Heimtali_vallavalitsus, lk 52
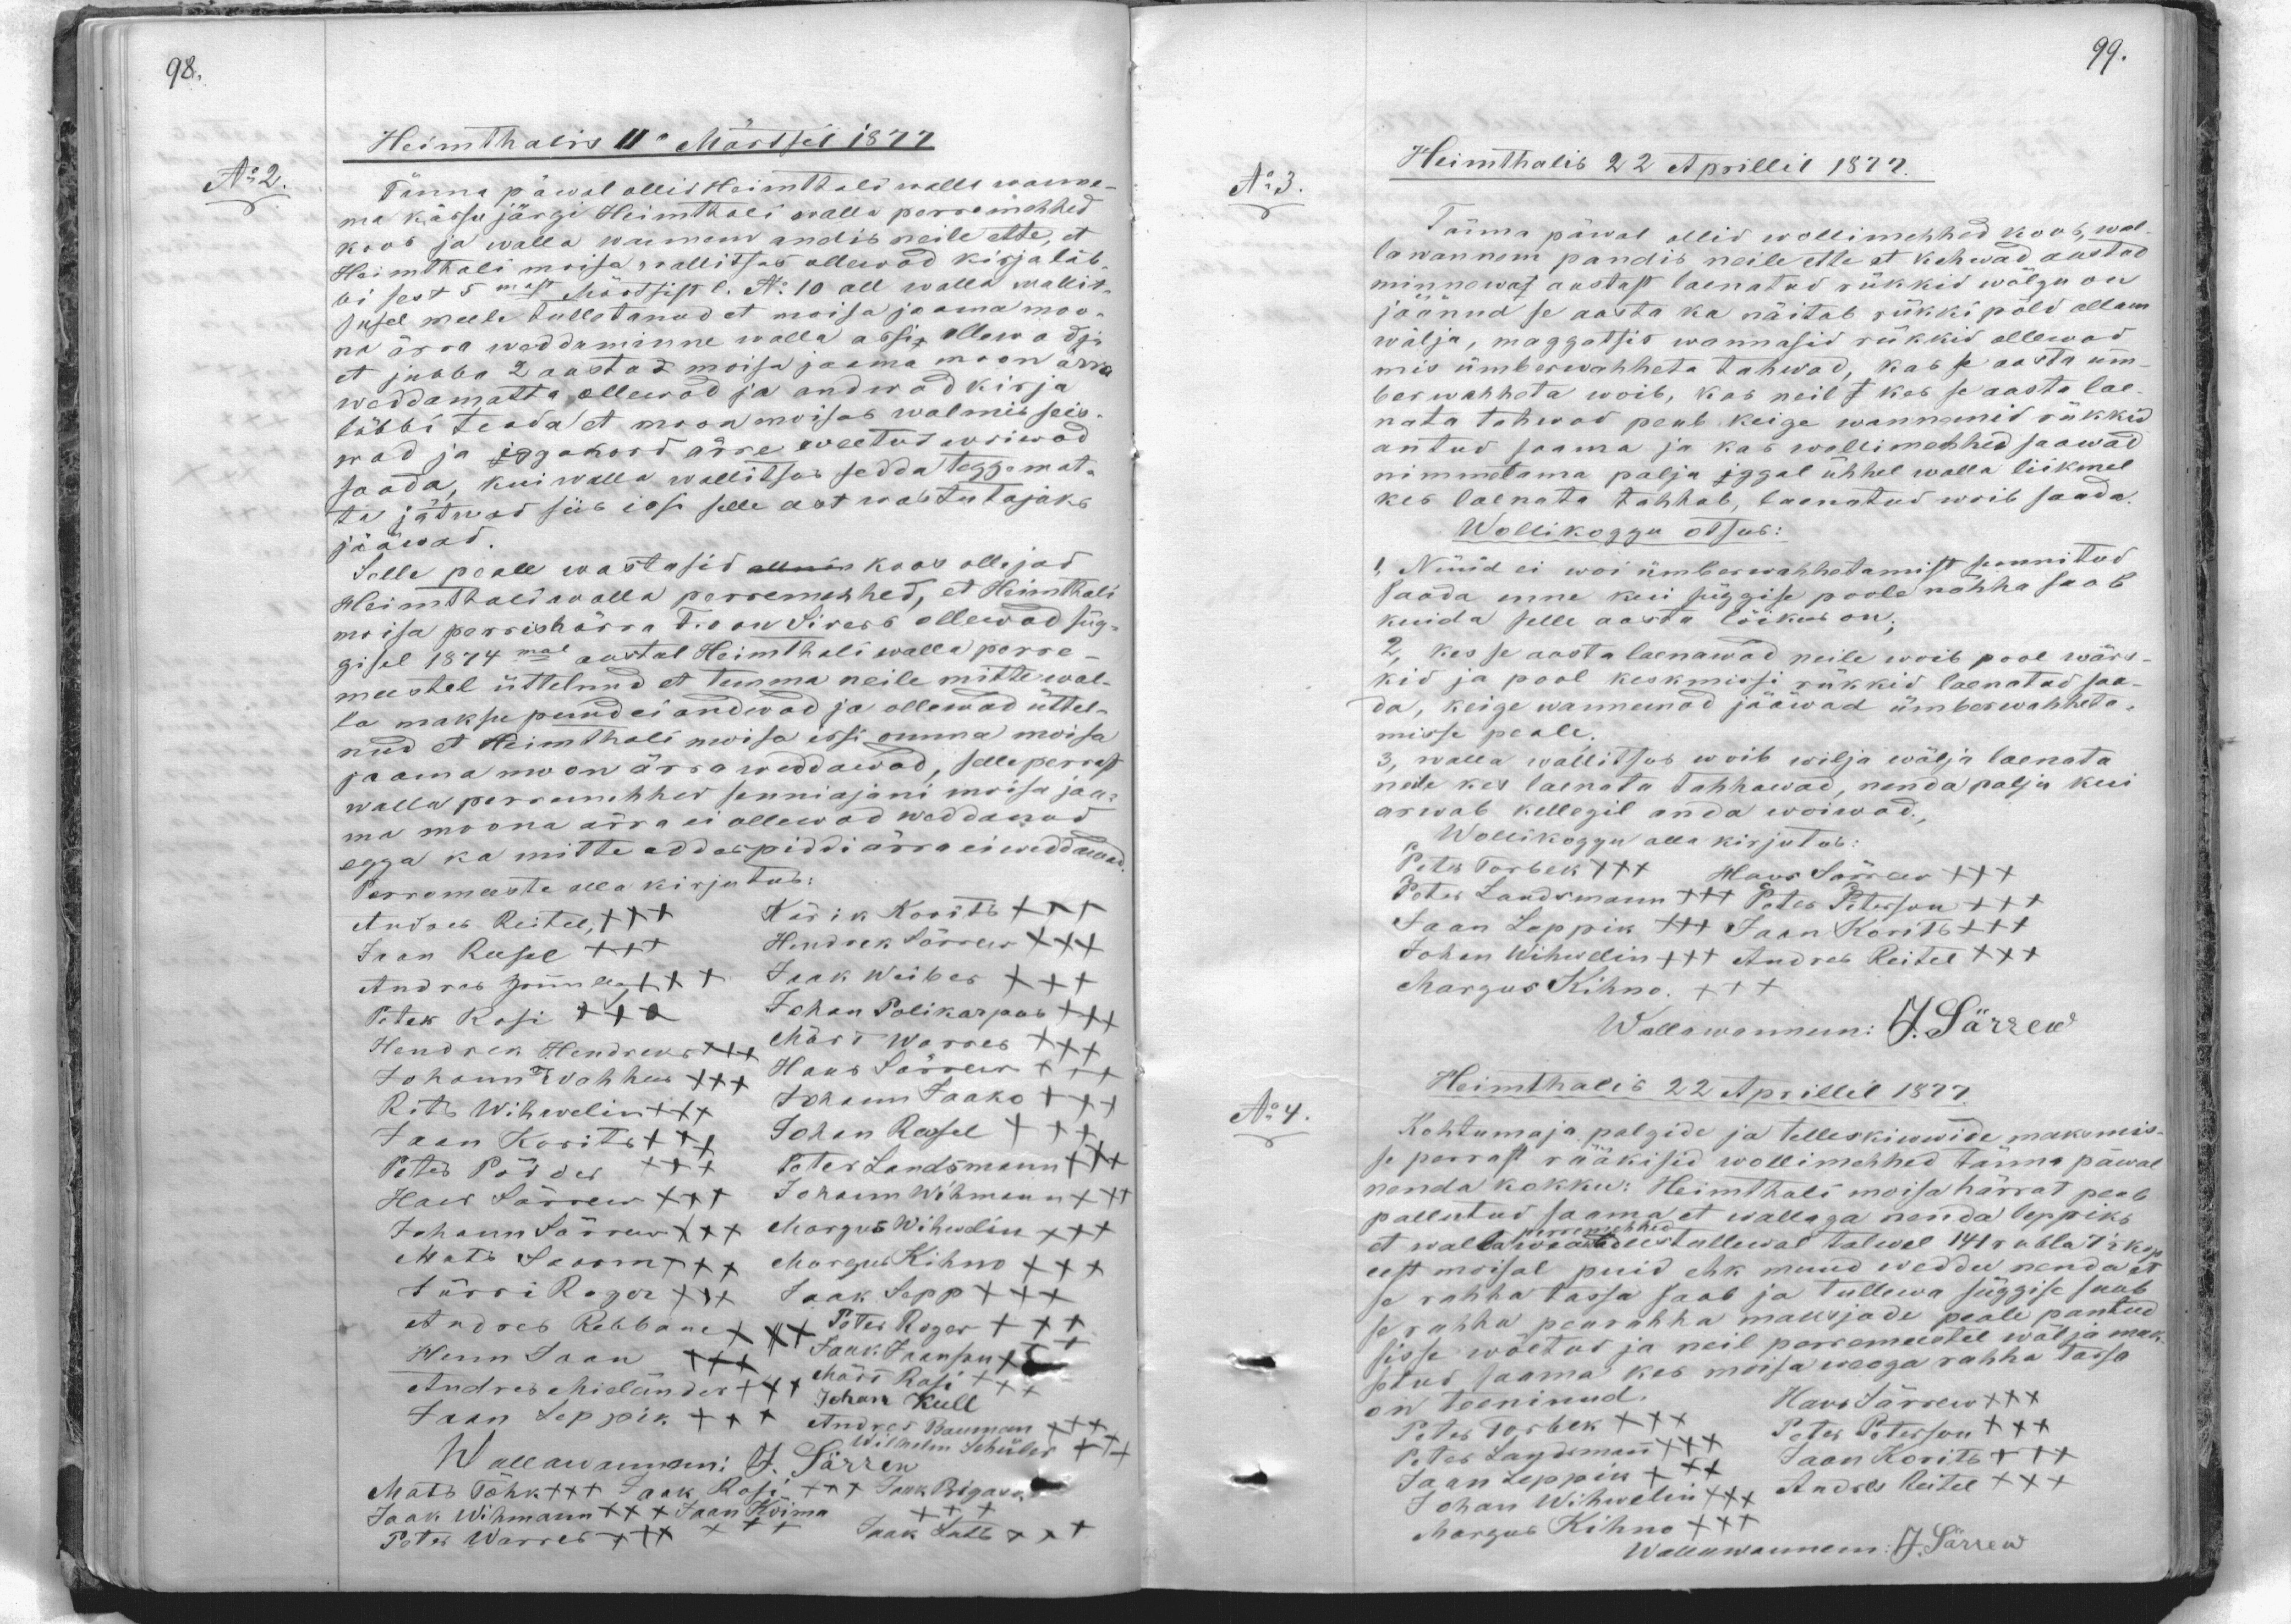
Heimthalis 11" Märtsel 1877.
No:2
Tänna päwal ollid Heimthali walla wanna-
ma kässu järgi Heimthali walla perremehhed
koos ja walla wannem andis neile ette, et
Heimthali moisa wallitsus ollawad kirja läb-
bi sest 5mast Märtsist No: 10 all walla wallit-
susel meele tulletanud et moisa ja oma moo-
na ärra weddaminne walla assi ollawad ja
et jubba 2 aastad moisa ja oma moon ärra
weddamatta ollewad ja andwad kirja
läbbi teada et moon moisab walmis seis-
wad ja igga kord ärre weetud wiiwad.
saada, kui walla wallitsus sedda taggamata
ta jätnud siis isse selle eest wastutajaks
jääwad.
Selle peale wastasid koos ollejad
Heimthali walla perremehhed, et Heimthali
moisa perrishärra T. von Sivers ollewad süg-
gisel 1874 mal aastal Heimthali walla perre-
meestel üttelnud et temma neile mitte wal-
la maksu pund ei andwad ja ollemad üttel-
nud et Heinthali moisa issi omma moisa
jaama moon ärraweddawad, selleperrast
walla perremehhed senni ajani moisa jaa-
ma moona ärra ei ollewad weddanud.
egga ka mitte eddaspidi ärra ei weddanud.
Perremeeste alla kirjutab:
Andres Reitel XXX
Kärik Koorits XXX
Jaan Reesel XXX
Hendrek Särrew XXX
Andres Grünberg xxx
Jaak Weiber XXX
Peter Rosi XXX
Johan Polikarpus +++
Hendrik Hendreks +++
Märt Warres XXX
Johann Wahher XXX
Hans Särrew XXX
Rits Wihelin XXX
Johann Jaako xxx
Jaan Korits +++
Johan Roosel XXX
Peter Põdder XXX
Peter Landsmann +++
Hans Särrew XXX
Johann Wihmann +++
Johann Särrew XXX
Margus Wihwelin XXX
Mats Saarm XXX
Margus Kihnu XXX
Jürri Roger XXX
Jaak Sepp XXX
Andres Rebbane
Peter Roger XXX
Jaak Jaanpu xxx
Henn Jaan XXX
Andres Mieländer +++ Märt Rosi
Jaan Leppik +++ Andres Baumann +++
Johan Kull
Wilhmelm Schüler +
Wallawanemi: J. Särrew
Mats Tõhk +++ Jaak Roosi +++ Jaak Rigask
Jaak Wihmann +++ Jaan Kõima XXX
Peter Warres XXX
Jaak Luts XXX

Heimthalis 22 Aprillil 1877.
N:3.
Tänna päwal ollid wollimehhed koos, wal-
lawannem pandis neile ette et kehwad aastad
minnewat aastast laenatud rükkid wõlgu on
jäänud se aasta ka näitab rükki põld allam
wälja, maggatsis wannasid rükkid ollewad
mis ümberwahheta tahwad, kas se aasta üm-
ber wahheta woib, kas neil kes se aasta lae-
nata tahwad peab keige wannemid rükkid
antud saama ja kas wollimehhed saawad
nimmetama palju iggal ühhel walla liikmel
kes laenata tahhab, laenatud woib saada.
Wollikoggu otsus:
I Nüüd ei woi ümberwahhetamist saannitud
saada enne kui süggise poole nähha saab
kuida selle aasta lõiked on.
2, kes se aasta laenawad neile woib pool wärs-
kid ja pool keskmissi rükkid laenatud saa-
da, keige wannemad jääwad ümberwahheta-
misse peale.
3. walla wallitsus woib wilja wälja laenata
neile kes laenata tahhawad, nenda palju kui
arwab kellegil anda woiwad.
Wollikoggo alla kirjutab:
Peter Torbek XXX Hans Särrew xxx
Peter Landsmann +++ Peter Peterson +++
Jaan Leppik +++ Jaan Korits +++
Johan Wihwelin +++ Andres Reitel XXX
Margus Kihnu XXX
Wallawanem: J. Särrew
Heimthalis 22 Aprillil 1877.
No:4.
Kohtumaja palgide ja telleskiwide maksmeis-
se perrast rääkisid wollimehhed tänna päwal
nenda kokku: Heimthali moisa härrat peab
pallutud saama et wallaga nenda leppiks
et walla perremehedel tullewal talwel 141 rubla 75 kop.
eest moisal puid ehk muud weddu nenda et
se rahha tassa saab ja tullewa süggise saab
se rahha pearahha maksjade peale pantud
sisse wõetud ja neil perremeestel wälja mak-
setud saama kes moisa weoga rahha tassa
on teeninud.
Hans Särrew XXX
Peter Torbek XXX
Peter Peterson XXX
Peter Landsmann +++
Jaan Korits XXX
Jaan Leppin XXX
Johan Wihwelin +++ Andres Reitel +++
Margus Kihnu +++
Wallawanem: J. Särrew